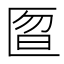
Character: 匫